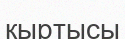
кыртысы